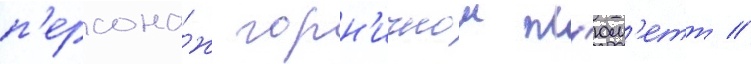
п'ерсона́ж горн'ичнои пл'юм'етт //